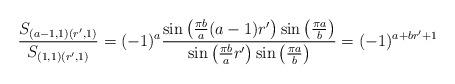
LaTeX: \begin{align*}\frac{S_{(a-1, 1)(r',1)}}{S_{(1, 1)(r', 1)}} &= (-1)^{a} \frac{\sin\left(\frac{\pi b}{a}(a-1)r' \right)\sin\left(\frac{\pi a}{b} \right)}{\sin\left(\frac{\pi b}{a}r' \right)\sin\left(\frac{\pi a}{b} \right)} = (-1)^{a+br'+1}\end{align*}